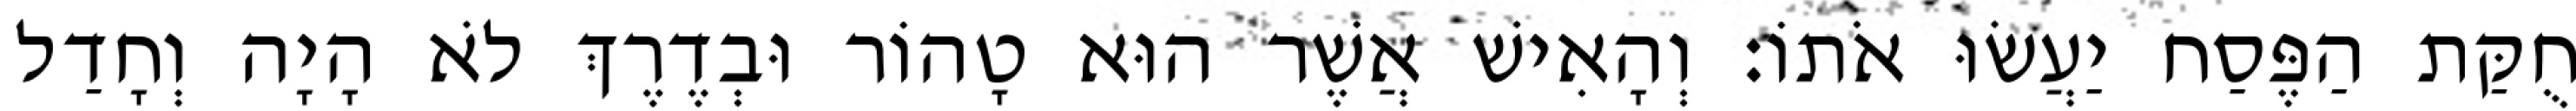
חֻקַּת הַפֶּסַח יַעֲשׂוּ אֹתוֹ׃ וְהָאִישׁ אֲשֶׁר הוּא טָהוֹר וּבְדֶרֶךְ לֹא הָיָה וְחָדַל